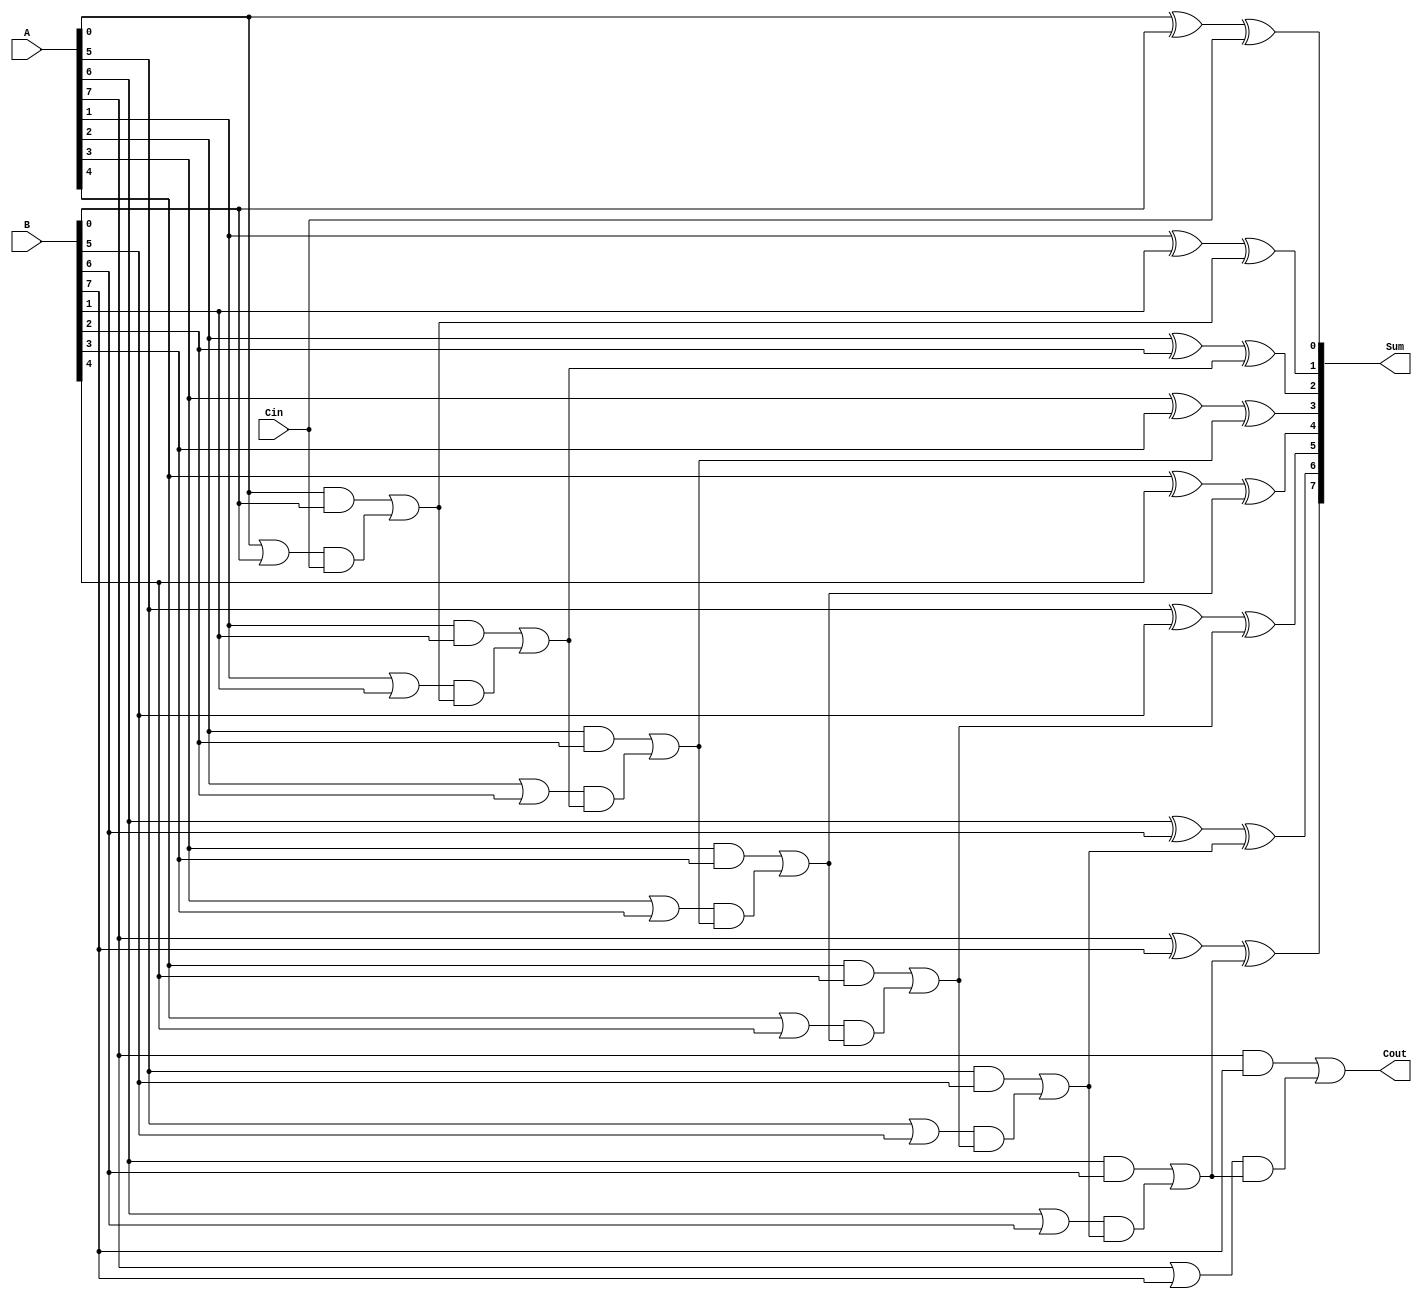
module ManchesterCarryChainAdder #(parameter n = 8) (
    input [n-1:0] A,      // n-bit input A
    input [n-1:0] B,      // n-bit input B
    input Cin,            // Carry-in
    output [n-1:0] Sum,   // n-bit output Sum
    output Cout           // Carry-out
);
    wire [n:0] C;         // Carry signals, C[0] = Cin, C[n] = Cout
    wire [n-1:0] G;       // Generate signals
    wire [n-1:0] P;       // Propagate signals

    // Generate and Propagate Logic
    genvar i;
    generate
        for (i = 0; i < n; i = i + 1) begin : carry_logic
            assign G[i] = A[i] & B[i];       // Generate
            assign P[i] = A[i] | B[i];       // Propagate
        end
    endgenerate

    // Carry Chain Logic
    assign C[0] = Cin;                     // Initial carry-in
    generate
        for (i = 0; i < n; i = i + 1) begin : carry_chain
            if (i == 0) begin
                assign C[i + 1] = G[i] | (P[i] & C[i]); // C1
            end else begin
                assign C[i + 1] = G[i] | (P[i] & C[i]); // C2, C3, ..., Cn
            end
        end
    endgenerate

    // Sum Calculation
    generate
        for (i = 0; i < n; i = i + 1) begin : sum_logic
            assign Sum[i] = A[i] ^ B[i] ^ C[i]; // Sum calculation
        end
    endgenerate

    // Final Carry-Out
    assign Cout = C[n];                     // Final carry-out

endmodule